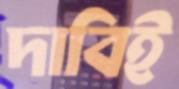
দাবিই